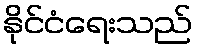
နိုင်ငံရေးသည်